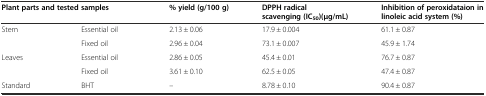
| <COLSPAN=2> Plant parts and tested samples | % yield (g/100 g) | DPPH radical scavenging(IC50) (μg/mL) | Inhibition of peroxidataion in linoleic acid system(%) |
 | --- | --- | --- | --- | --- |
 | <ROWSPAN=2> Stem | Essential oil | 2.13 ± 0.06 | 17.9 ± 0.004 | 61.1 ± 0.87 |
 | Fixed oil | 2.96 ± 0.04 | 73.1 ± 0.007 | 45.9 ± 1.74 |
 | <ROWSPAN=2> Leaves | Essential oil | 2.86 ± 0.05 | 45.4 ± 0.01 | 76.7 ± 0.87 |
 | Fixed oil | 3.61 ± 0.10 | 62.5 ± 0.05 | 47.4 ± 0.87 |
 | Standard | BHT | -- | 8.78 ± 0.10 | 90.4 ± 0.87 |